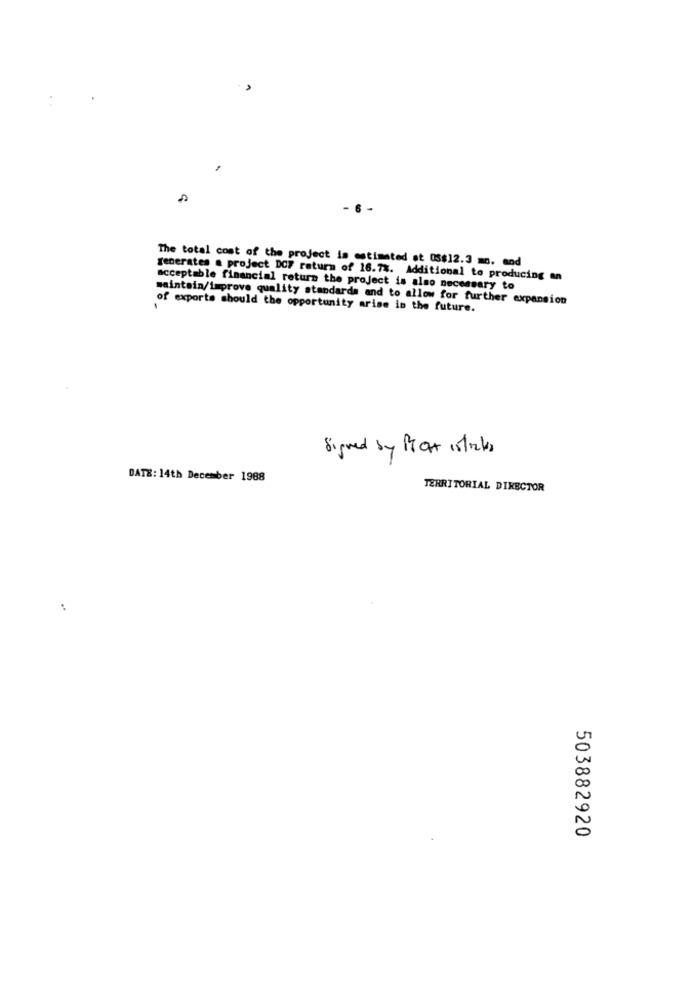
- 6 -
The total cost of the project is estimated at 03$12.3 mo. and
generates a project DCF return of 16.7%. Additional to producing an
acceptable financial return the project is also necessary to
maintain/improve quality standards and to allow for further expansion
of exports should the opportunity arise in the future.
Signed by Box 1straks
DATE: 14th December 1988
TERRITORIAL DIRECTOR
503882920